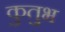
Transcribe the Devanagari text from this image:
कुतुभ